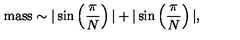
\mathrm { m a s s } \sim | \sin \left( \frac { \pi } { N } \right) | + | \sin \left( \frac { \pi } { N } \right) | ,